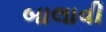
બાલાવી